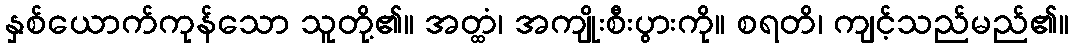
နှစ်ယောက်ကုန်သော သူတို့၏။ အတ္ထံ၊ အကျိုးစီးပွားကို။ စရတိ၊ ကျင့်သည်မည်၏။